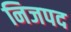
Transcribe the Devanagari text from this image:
निजपद